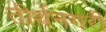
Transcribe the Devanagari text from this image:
तीर्थनगरी